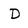
Character: D